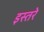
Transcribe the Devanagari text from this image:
इस्तरे